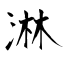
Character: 淋